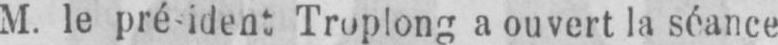
a ouvert la séance